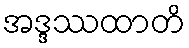
အဒ္ဒဿထာတိ